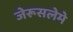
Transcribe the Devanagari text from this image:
जेरूसलेमे